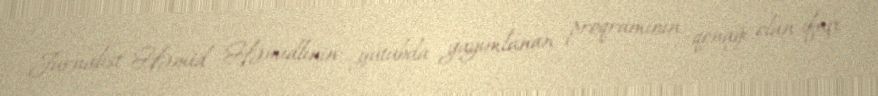
Jurnalist Həmid Həmidlinin yutubda yayımlanan proqramının qonağı olan ifaçı